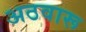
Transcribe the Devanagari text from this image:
अठवारू